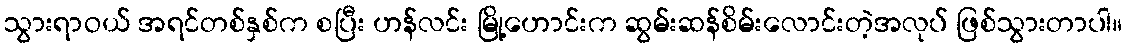
သွားရာဝယ် အရင်တစ်နှစ်က စပြီး ဟန်လင်း မြို့ဟောင်းက ဆွမ်းဆန်စိမ်းလောင်းတဲ့အလုပ် ဖြစ်သွားတာပါ။